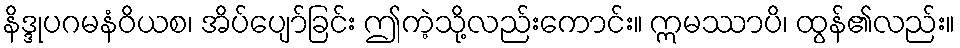
နိဒ္ဒုပဂမနံဝိယစ၊ အိပ်ပျော်ခြင်း ဤကဲ့သို့လည်းကောင်း။ ဣမဿာပိ၊ ထွန်၏လည်း။